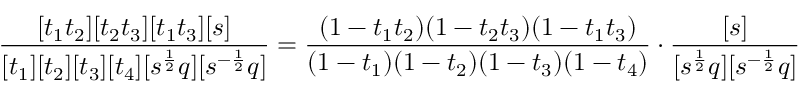
\frac { [ t _ { 1 } t _ { 2 } ] [ t _ { 2 } t _ { 3 } ] [ t _ { 1 } t _ { 3 } ] [ s ] } { [ t _ { 1 } ] [ t _ { 2 } ] [ t _ { 3 } ] [ t _ { 4 } ] [ s ^ { \frac 1 2 } q ] [ s ^ { - \frac 1 2 } q ] } = \frac { ( 1 - t _ { 1 } t _ { 2 } ) ( 1 - t _ { 2 } t _ { 3 } ) ( 1 - t _ { 1 } t _ { 3 } ) } { ( 1 - t _ { 1 } ) ( 1 - t _ { 2 } ) ( 1 - t _ { 3 } ) ( 1 - t _ { 4 } ) } \cdot \frac { [ s ] } { [ s ^ { \frac 1 2 } q ] [ s ^ { - \frac 1 2 } q ] }